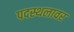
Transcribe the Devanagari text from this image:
पदस्थलावर